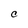
Character: C